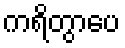
ကရိတွာပေ